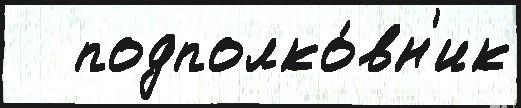
   подполко́вн'ик